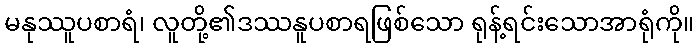
မနုဿူပစာရံ၊ လူတို့၏ဒဿနူပစာရဖြစ်သော ရုန့်ရင်းသောအာရုံကို။